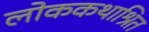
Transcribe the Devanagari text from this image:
लोककथाश्रित